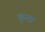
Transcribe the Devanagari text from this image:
कुनड